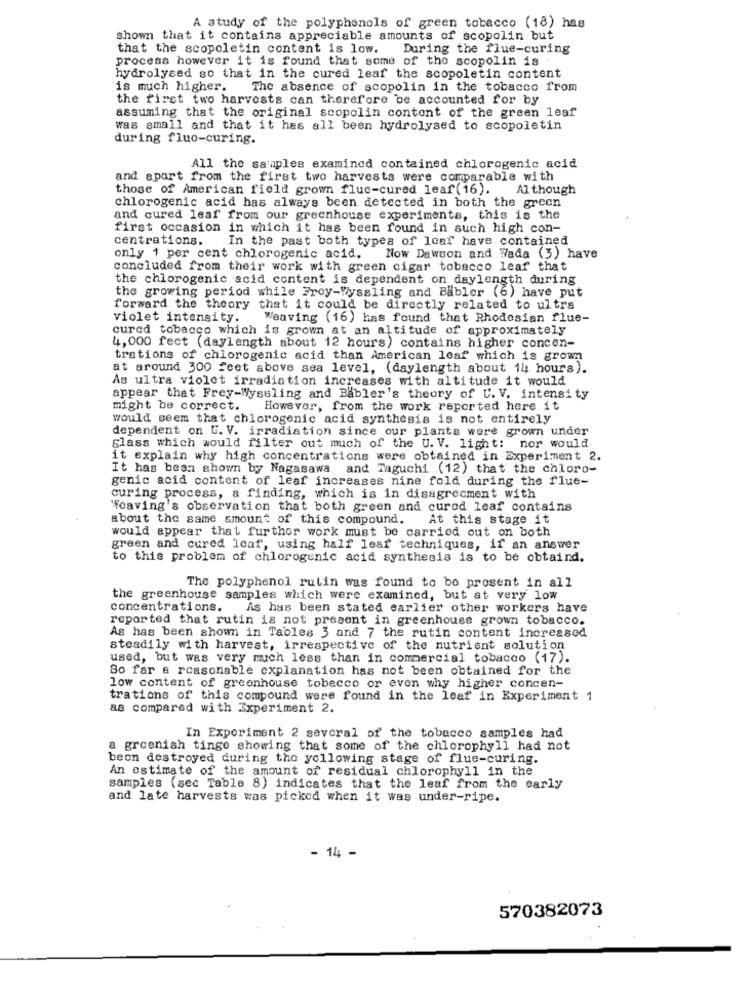
A study of the polyphenols of green tobacco (18) has
shown that it contains appreciable amounts of scopolin but
that the scopoletin content is low.
During the flue-curing
process however it is found that some of the scopolin is
hydrolysed so that in the cured leaf the scopoletin content
is much higher.
The absence of scopolin in the tobacco from
the first two harvests can therefore be accounted for by
assuming that the original scopolin content of the green leaf
was small and that it has all been hydrolysed to scopoletin
during fluo-curing.
All the saaples examined contained chlorogenic acid
and apart from the first two harvests were comparable with
those of American field grown fluc-cured leaf (16). Although
chlorogenic acid has always been detected in both the green
and cured leaf from our greenhouse experiments, this is the
first occasion in which it has been found in such high con-
centrations.
In the past both types of loaf have contained
only 1 per cent chlorogenic acid.
Now Dawson and Wada (3) have
concluded from their work with green cigar tobacco leaf that
the chlorogenic acid content is dependent on daylength during
the growing period while Froy-Wyssling and Babler (6) have put
forward the theory that it could be directly related to ultra
violet intensity.
Weaving (16) has found that Rhodesian flue-
cured tobacco which is grown at an altitude of approximately
4,000 fect (daylength about 12 hours) contains higher concen-
trations of chlorogenic acid than American leaf which is grown
at around 300 feet above sea level, (daylength about 14 hours).
As ultra violet irradiation increases with altitude it would
appear that Frey-Wyssling and Babler's theory of C. V. intensity
might be correct.
However, from the work reported here it
would seem that chlorogenic acid synthesis is not entirely
dependent on U. V. irradiation since our plants were grown under
glass which would filter out much of the U. V. light: nor would
it explain why high concentrations were obtained in Experiment 2.
It has been shown by Nagasawa and Taguchi (12) that the chloro-
genic acid content of leaf increases nine fold during the flue-
curing process, a finding, which is in disagreement with
"Weaving's observation that both green and cured leaf contains
about the same amount of this compound.
At this stage it
would appear that further work must be carried out on both
green and cured leaf, using half leaf techniques, if an answer
to this problem of chlorogenic acid synthesis is to be obtaind.
The polyphenol rutin was found to bo prosent in all
the greenhouse samples which were examined, but at very low
concentrations. As has been stated carlier other workers have
reported that rutin is not present in greenhouse grown tobacco.
Ag has been shown in Tables 3 and 7 the rutin content increased
steadily with harvest, irrespective of the nutrient solution
used, but was very much less than in commercial tobacco (17).
So far a reasonable explanation has not been obtained for the
low content of greenhouse tobacco or even why higher concen-
trations of this compound were found in the leaf in Experiment 1
as compared with Experiment 2.
In Experiment 2 several of the tobacco samples had
a greenish tinge showing that some of the chlorophyll had not
beon destroyed during the yollowing stage of flue-curing.
An estimate of the amount of residual chlorophyll in the
samples (sec Table 8) indicates that the leaf from the early
and late harvests was picked when it was under-ripe.
- 14 -
570382073